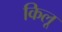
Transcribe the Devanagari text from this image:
किलू